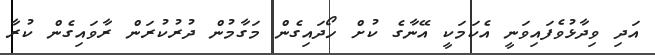
އަދި ވިދާޅުވެފައިވަނީ އެކަމަކީ އޭނާގެ ކުށް ހޯދައިގެން މަގާމުން ދުރުކުރަން ރާވައިގެން ކުރާ